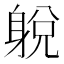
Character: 𨉋